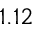
1 . 1 2